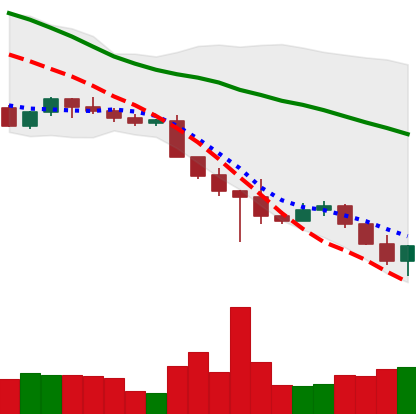
Ticker: ADA-USD
Chart end date: 2022-10-21
Forward return: 15.588%
Label: up_7plus